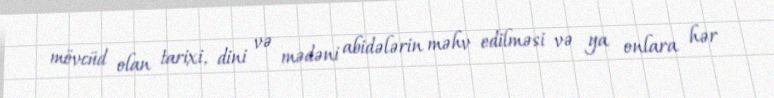
mövcüd olan tarixi, dini və mədəni abidələrin məhv edilməsi və ya onlara hər